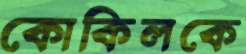
কোকিলকে